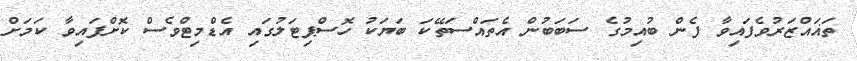
ތަޣައްޒަރުވެފައިވާ ފެން ބުއިމުގެ ސަބަބުން އެތައްސަތޭކަ ބަޔަކު ހޮސްޕިޓަލުގައި އެޑްމިޓްވެސް ކޮށްފައިވާ ކަމަށް